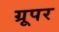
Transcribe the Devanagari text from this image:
ग्रूपर